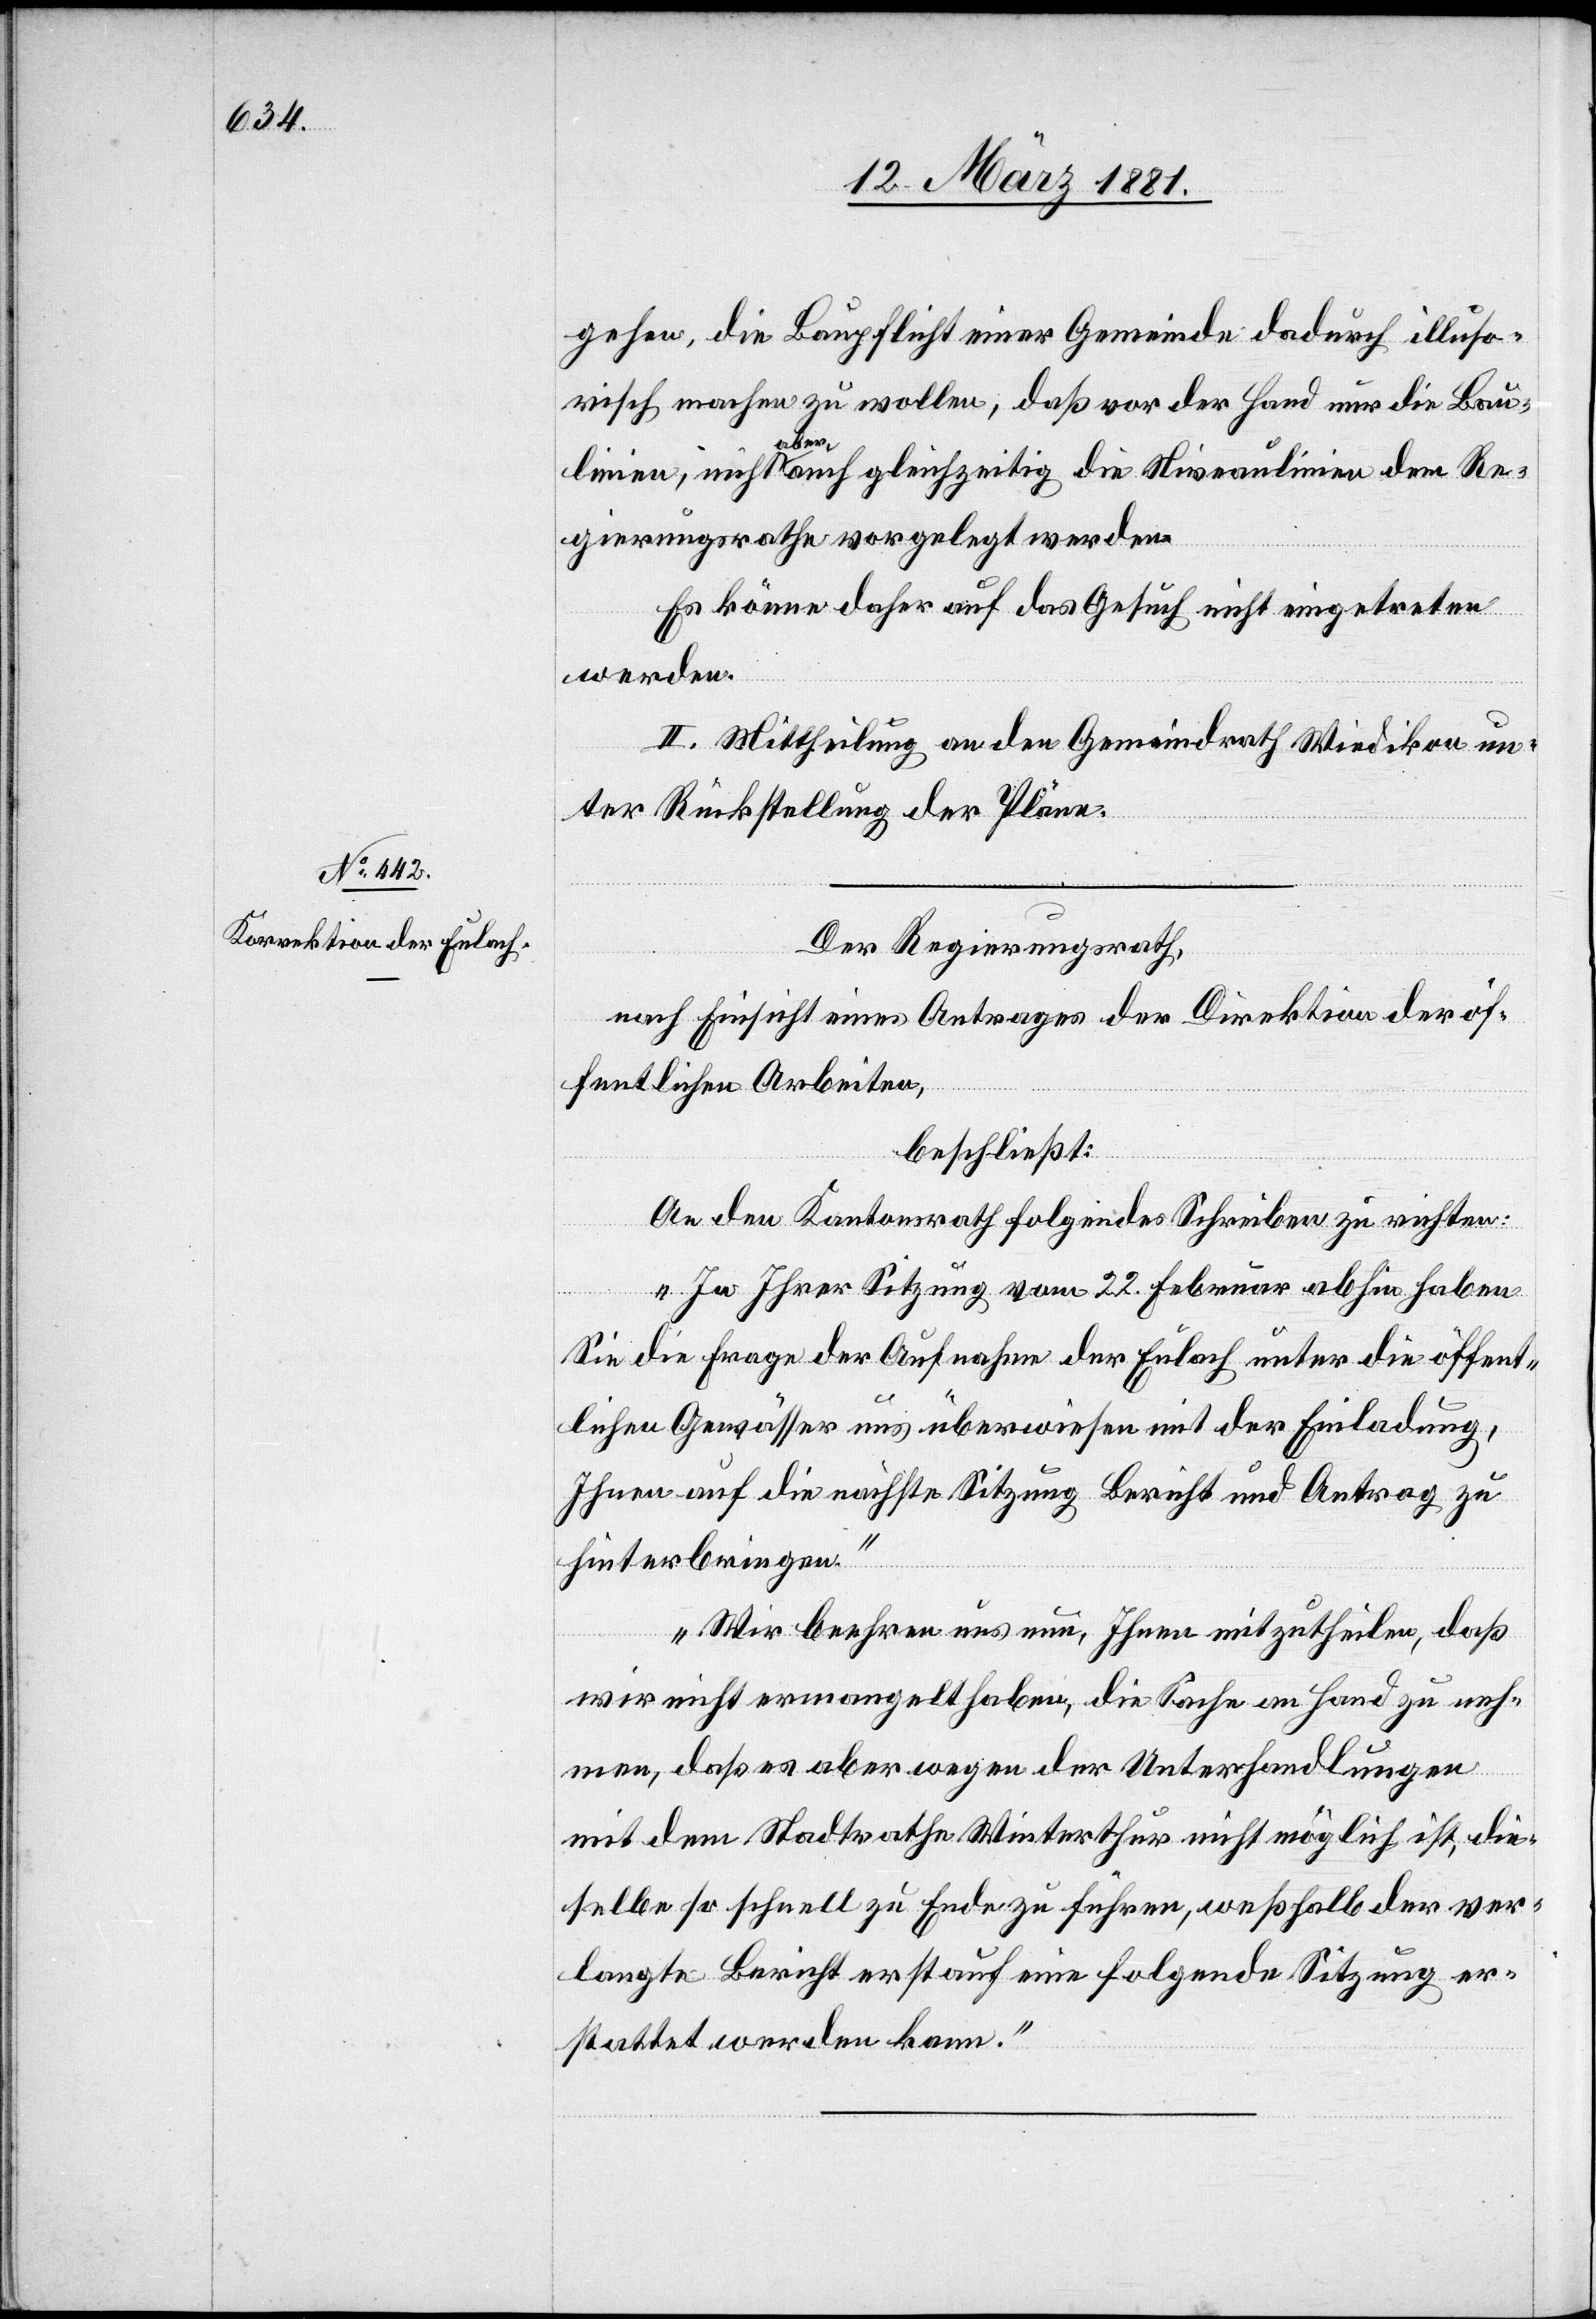
gehen, die Baupflicht einer Gemeinde dadurch illuso¬
risch machen wollen, daß vor der Hand nur die Bau¬
linien, nicht aber auch gleichzeitig die Niveaulinien dem Re¬
gierungsrathe vorgelegt werden.
Es könne daher auf das Gesuch nicht eingetreten
werden.
II. Mittheilung an den Gemeindrath Wiedikon un¬
ter Rückstellung der Pläne.
Der Regierungsrath,
nach Einsicht eines Antrages der Direktion der öf¬
fentlichen Arbeiten,
beschließt:
An den Kantonsrath folgendes Schreibens zu richten:
„In ihrer Sitzung vom 22. Februar abhin haben
Sie die Frage der Aufnahme der Eulach unter die öffent¬
lichen Gewässer uns überwiesen mit der Einladung,
Ihnen auf die nächste Sitzung Bericht und Antrag zu
hinterbringen.“
„Wir beehren uns nun, Ihnen mitzutheilen, daß
wir nicht ermangelt haben, die Sache an Hand zu neh¬
men, daß es aber wegen der Unterhandlungen
mit dem Stadtrathe Winterthur nicht möglich ist, die¬
selbe so schnell zu Ende zu führen, weßhalb der ver¬
langte Bericht erst auf eine folgende Sitzung er¬
stattet werden kann.“